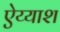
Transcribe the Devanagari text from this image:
ऐय्याश